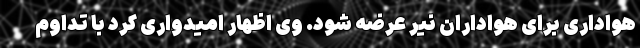
هواداری برای هواداران نیر عرضه شود. وی اظهار امیدواری کرد با تداوم